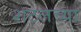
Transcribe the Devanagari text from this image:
शटलच्या